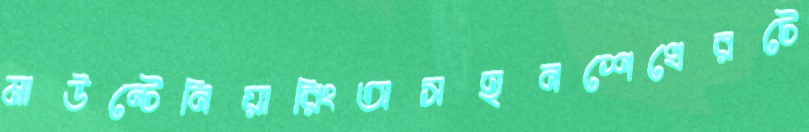
মাউন্টেনিয়ারিংঅসহনশেখেরটে